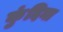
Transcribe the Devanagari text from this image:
कुंदिना